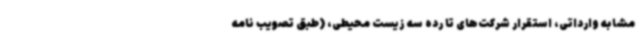
مشابه وارداتی، استقرار شرکت‌های تا رده سه زیست محیطی، (طبق تصویب نامه